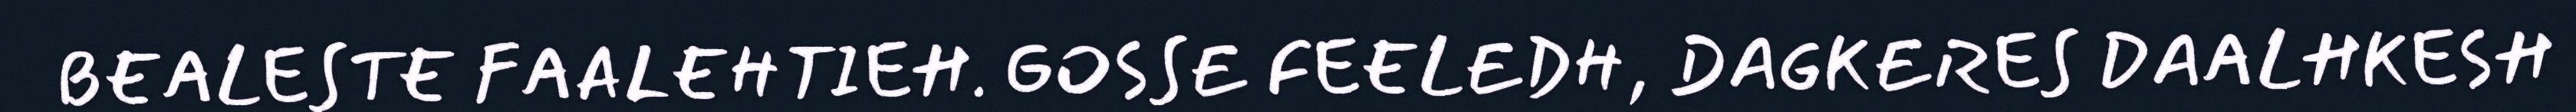
BEALESTE FAALEHTIEH. GOSSE FEELEDH, DAGKERES DAALHKESH